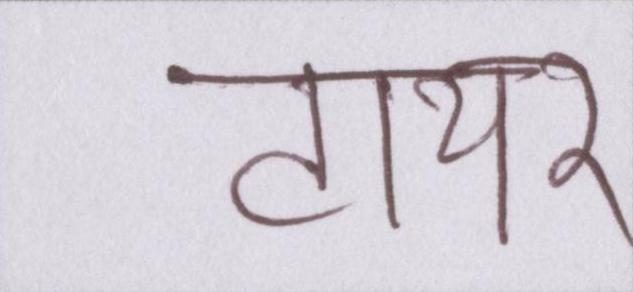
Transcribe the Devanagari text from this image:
टायर